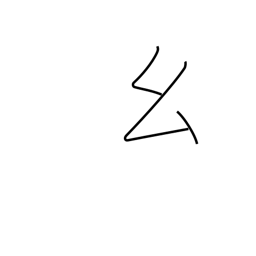
Meaning: short thread radical (no. 52)